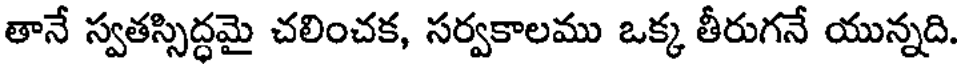
తానే స్వతస్సిద్ధమై చలించక, సర్వకాలము ఒక్క తీరుగనే యున్నది.